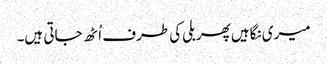
میری نگاہیں پھر بلی کی طرف اُٹھ جاتی ہیں۔